Code of medical and sanitary regulations for the guidance of medical officers serving in the Madras Presidency - Volume II
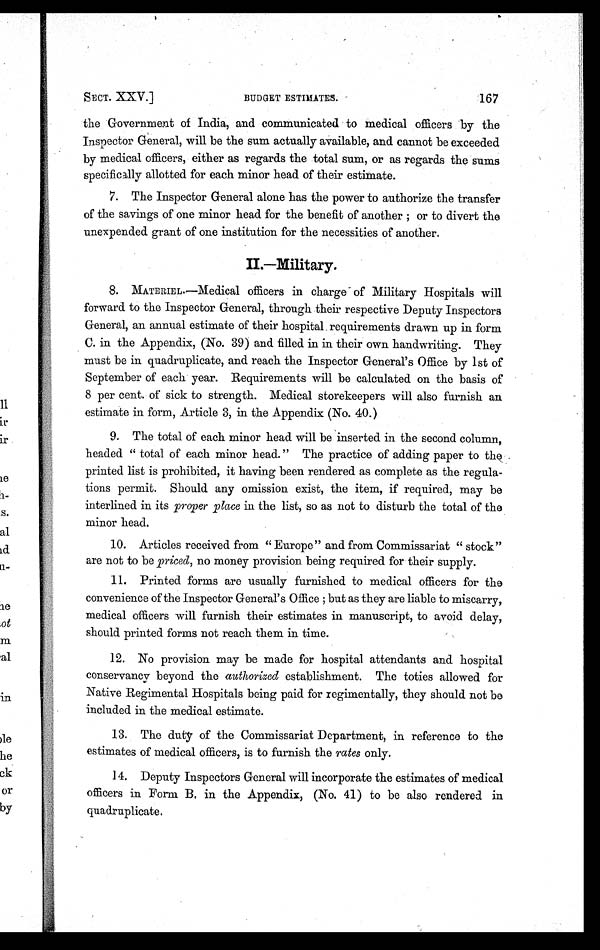
167
SECT. XXV.]
BUDGET ESTIMATES.
the Government of India, and communicated to medical officers by the
Inspector General, will be the sum actually available, and cannot be exceeded
by medical officers, either as regards the total sum, or as regards the sums
specifically allotted for each minor head of their estimate.
7.The Inspector General alone has the power to authorize the transfer
of the savings of one minor head for the benefit of another ; or to divert the
unexpended grant of one institution for the necessities of another.
II.—Military.
8.MATERIEL.—Medical officers in charge of Military Hospitals will
forward to the Inspector General, through their respective Deputy Inspectors
General, an annual estimate of their hospital requirements drawn up in form
C. in the Appendix, (No. 39) and filled in in their own handwriting. They
must be in quadruplicate, and reach the Inspector General's Office by 1st of
September of each year. Requirements will be calculated on the basis of
8 per cent. of sick to strength. Medical storekeepers will also furnish an
estimate in form, Article 3, in the Appendix (No. 40.)
9.The total of each minor head will be inserted in the second column,
headed "total of each minor head." The practice of adding paper to the
printed list is prohibited, it having been rendered as complete as the regula-
tions permit. Should any omission exist, the item, if required, may be
interlined in its proper place in the list, so as not to disturb the total of the
minor head.
10.Articles received from "Europe" and from Commissariat "stock"
are not to be priced, no money provision being required for their supply.
11.Printed forms are usually furnished to medical officers for the
convenience of the Inspector General's Office ; but as they are liable to miscarry,
medical officers will furnish their estimates in manuscript, to avoid delay,
should printed forms not reach them in time.
12.No provision may be made for hospital attendants and hospital
conservancy beyond the authorized establishment. The toties allowed for
Native Regimental Hospitals being paid for regimentally, they should not be
included in the medical estimate.
13.The duty of the Commissariat Department, in reference to the
estimates of medical officers, is to furnish the rates only.
14.Deputy Inspectors General will incorporate the estimates of medical
officers in Form B, in the Appendix, (No. 41) to be also rendered in
quadruplicate.